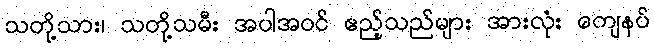
သတို့သား၊ သတို့သမီး အပါအဝင် ဧည့်သည်များ အားလုံး ကျေနပ်